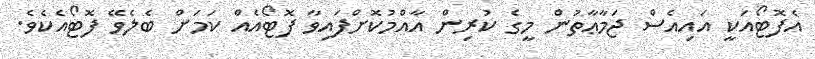
އެފޮޓޯއަކީ އައިއެސް ޖަމާޢާތުން މީގެ ކުރިން އާއްމުކޮށްފައިވާ ފޮޓޯއެއް ކަމަށް ބެލެވޭ ފޮޓޯއެކެވެ.